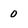
Character: 0